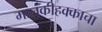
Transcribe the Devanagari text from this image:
मालकीहक्काचा